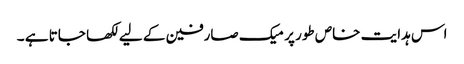
اس ہدایت خاص طور پر میک صارفین کے لیے لکھا جاتا ہے ۔